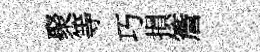
聚等巧損簷